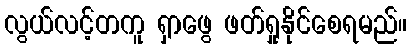
လွယ်လင့်တကူ ရှာဖွေ ဖတ်ရှုနိုင်စေရမည်။